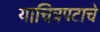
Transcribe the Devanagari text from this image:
याचित्रपटाचे